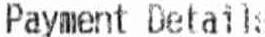
PAYMENT DETAIL